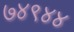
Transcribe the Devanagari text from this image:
७४९४४